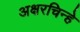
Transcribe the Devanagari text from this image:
अक्षरचिन्हे